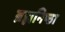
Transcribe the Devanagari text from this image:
ब्रह्मनिष्ठा